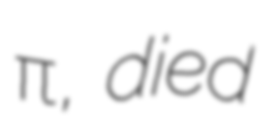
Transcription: Λεκαπηνή, died